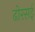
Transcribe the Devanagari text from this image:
ढोरसई